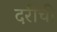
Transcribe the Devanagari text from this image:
दरीची